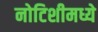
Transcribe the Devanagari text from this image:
नोटिशीमध्ये